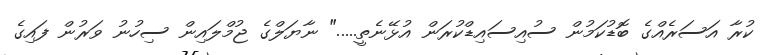
ކުރާ އަސަރެއްގެ ބޮޑުކަމުން ސުއިސައިޑްކުރަން އުޅޭނެތީ....." ނާޔަލްގެ ޖުމްލައިން ސިހުނު ވަރުން ފައިގެ